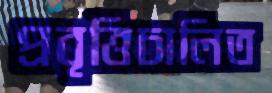
প্রবৃত্তিচালিত